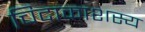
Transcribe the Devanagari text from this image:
चिदाकाशस्य